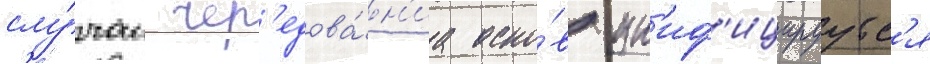
слу́чаи чер'едова́н'иа осно́в ун'иф'ицируутс'я